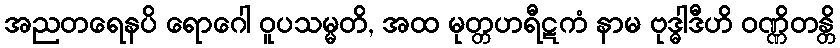
အညတရေနပိ ရောဂေါ ဝူပသမ္မတိ, အထ မုတ္တဟရီဋကံ နာမ ဗုဒ္ဓါဒီဟိ ဝဏ္ဏိတန္တိ